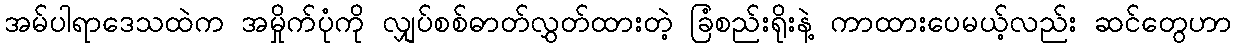
အမ်ပါရာဒေသထဲက အမှိုက်ပုံကို လျှပ်စစ်ဓာတ်လွှတ်ထားတဲ့ ခြံစည်းရိုးနဲ့ ကာထားပေမယ့်လည်း ဆင်တွေဟာ